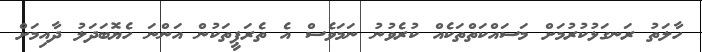
ހާލަތު ރަނގަޅުކުރުމަށް މަސައްކަތްތަކެއް ކުރެވުނު ނަމަވެސް އެ ތެރަޕީތަކުން އަންނަ ހެޔޮބަދަލު ދާއިމަށް